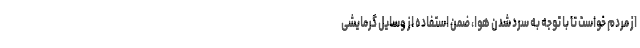
از مردم خواست تا با توجه به سرد شدن هوا، ضمن استفاده از وسایل گرمایشی